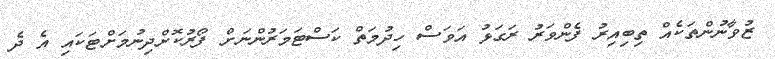
ޒުވާނުންތަކެއް ތިބިއިރު ފެންވަރު ރަގަޅު އަވަސް ހިދުމަތް ކަސްޓަމަރުންނަށް ފޯރުކޮށްދިނުމަށްޓަކައި އެ ދެ